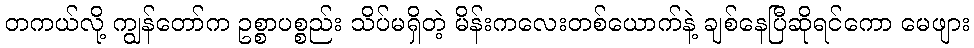
တကယ်လို့ ကျွန်တော်က ဥစ္စာပစ္စည်း သိပ်မရှိတဲ့ မိန်းကလေးတစ်ယောက်နဲ့ ချစ်နေပြီဆိုရင်ကော မေဖျား